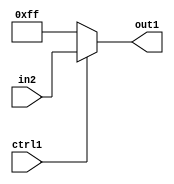
`timescale 1ps / 1ps
/*****************************************************************************
    Verilog RTL Description
    
    
    Created by: Stratus DpOpt 2019.1.01 
*******************************************************************************/

module GaussFilter_N_Mux_8_2_10_1 (
	in2,
	ctrl1,
	out1
	); /* architecture "behavioural" */ 
input [7:0] in2;
input  ctrl1;
output [7:0] out1;
wire [7:0] asc001;

reg [7:0] asc001_tmp_0;
assign asc001 = asc001_tmp_0;
always @ (ctrl1 or in2) begin
	case (ctrl1)
		1'B1 : asc001_tmp_0 = in2 ;
		default : asc001_tmp_0 = 8'B11111111 ;
	endcase
end

assign out1 = asc001;
endmodule

/* CADENCE  uLXxSwo= : u9/ySgnWtBlWxVPRXgAZ4Og= ** DO NOT EDIT THIS LINE ******/